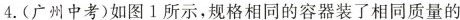
4.(广州中考)如图1所示，规格相同的容器装了相同质量的